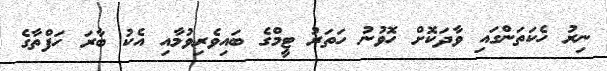
ނިރު ހެކަތަންގައި ވާދަކޮށް ހޮވުނު ހަތަރު ޓީމްގެ ބައިވެރިވުމާއި އެކު ބާރަ ހަފްތާގެ